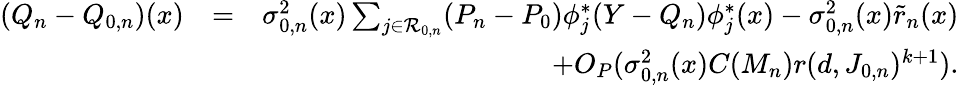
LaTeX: \begin{array}{rlr}{(Q_{n}-Q_{0,n})(x)}&{=}&{\sigma_{0,n}^{2}(x)\sum_{j\in{\cal R}_{0,n}}(P_{n}-P_{0})\phi_{j}^{*}(Y-{Q_{n}})\phi_{j}^{*}(x)-\sigma_{0,n}^{2}(x)\tilde{r}_{n}(x)}\\ &{}&{+O_{P}(\sigma_{0,n}^{2}(x)C(M_{n})r(d,J_{0,n})^{k+1}).}\end{array}